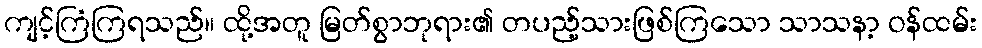
ကျင့်ကြံကြရသည်။ ထို့အတူ မြတ်စွာဘုရား၏ တပည့်သားဖြစ်ကြသော သာသနာ့ ဝန်ထမ်း